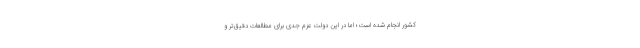
کشور انجام شده است؛ اما در این دولت عزم جدی برای مطالعات دقیق‌تر و